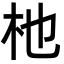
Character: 杝